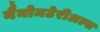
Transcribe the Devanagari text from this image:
नैनोमटेरीअल्स